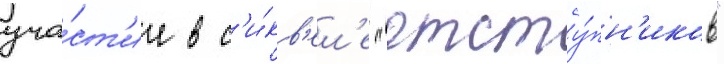
уча́ст'ие в с'и́кв'ел'е "отсту́пн'иков"